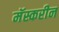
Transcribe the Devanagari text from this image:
मॅस्करीन